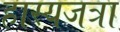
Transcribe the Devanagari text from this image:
हास्यजत्रा